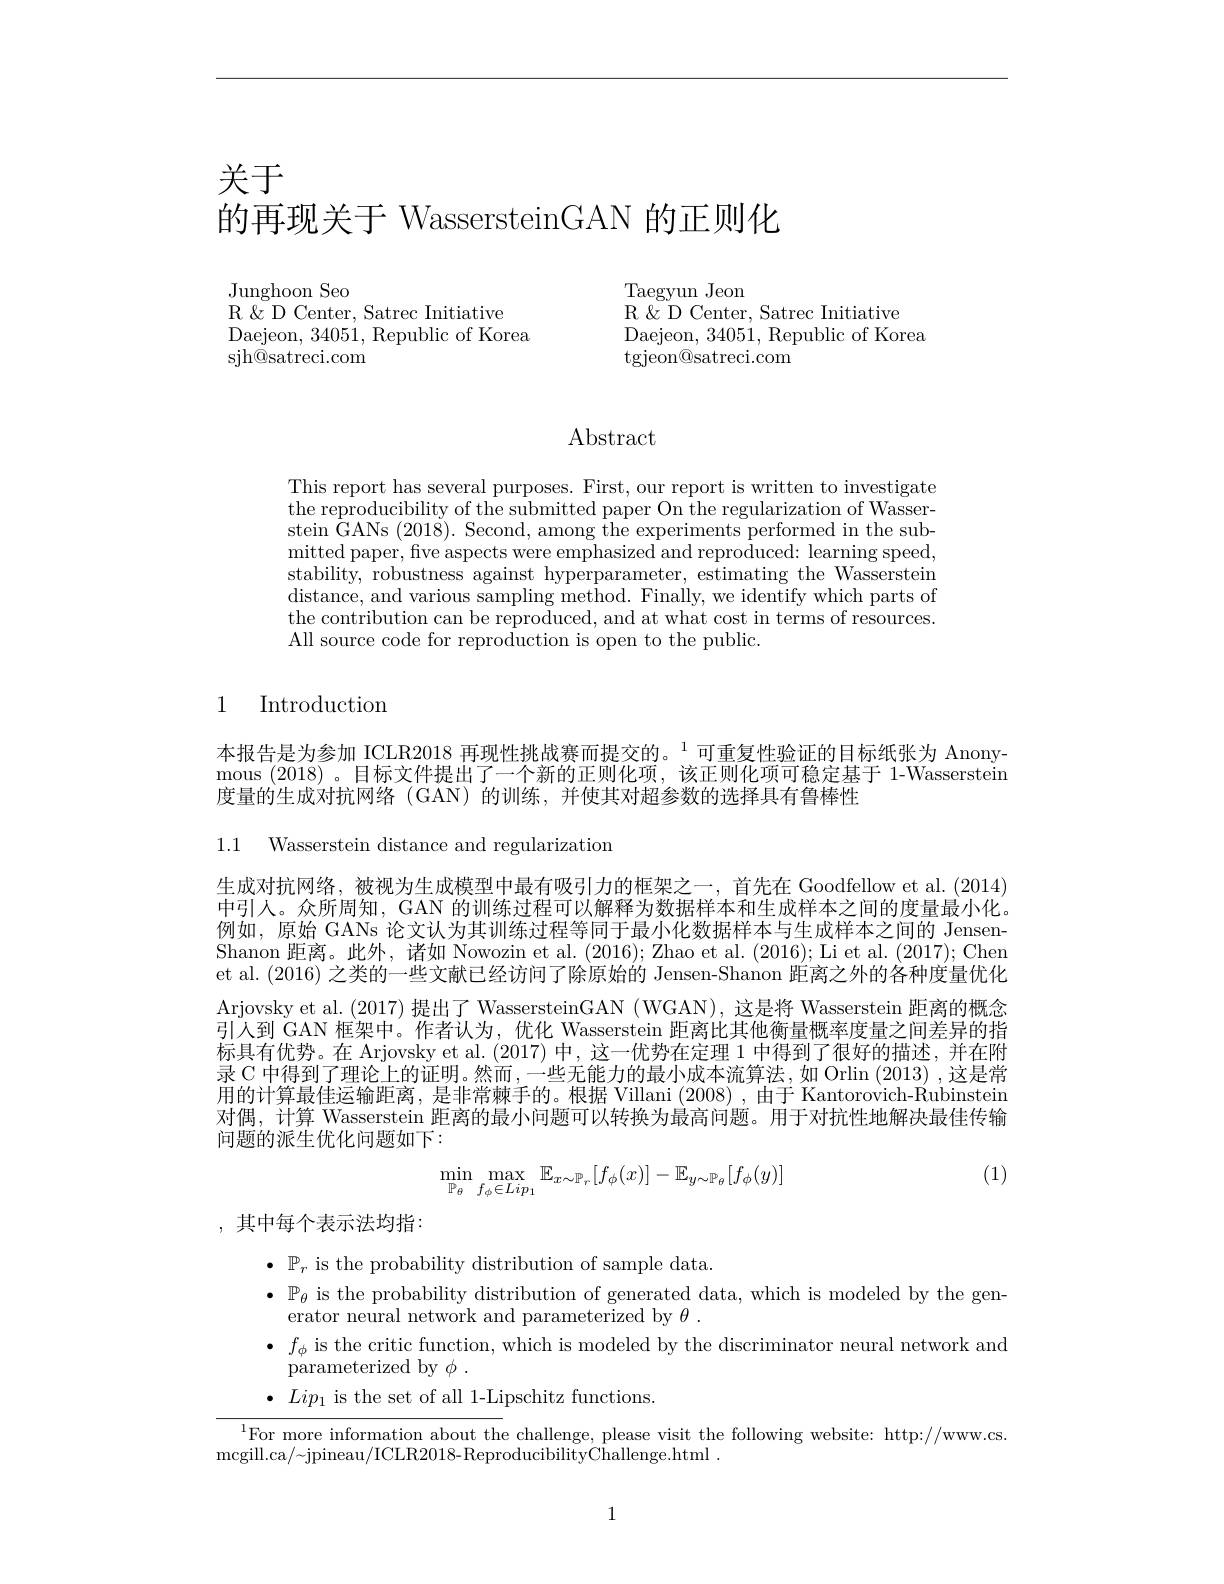
关于
的再现关于 WassersteinGAN 的正则化

Junghoon Seo
R $\&$ D Center, Satrec Initiative
Daejeon, 34051, Republic of Korea
sjh$\dot{@ }$satreci. com

Taegyun Jeon
R $\&$ D Center, Satrec Initiative
Daejeon, 34051, Republic of Korea
tgjeon@satreci.com

Abstract

This report has several purposes. First, our report is written to investigate the reproducibility of the submitted paper On the regularization of Wasser- $\operatorname{stein}$ GANs (2018). Second, among the experiments performed in the sub- $\begin{array}{c}\mathrm{mitted~paper,~five~aspects~were~emphasized~and~reproduced:~learning~speed,}\\\mathrm{mitted~paper,~five~aspects~were~emphasized~and~reproduced:~learning~speed,}\end{array}$ stability, robustness against hyperparameter, estimating the Wasserstein distance, and various sampling method. Finally, we identify which parts of the contribution can be reproduced, and at what cost in terms of resources. All source code for reproduction is open to the public.

# 1 Introduction

本报告是为参加 ICLR2018 再现性挑战赛而提交的。$^{1}$可重复性验证的目标纸张为 Anonymous (2018) 。目标文件提出了一个新的正则化项，该正则化项可稳定基于 1-Wasserstein 度量的生成对抗网络 (GAN) 的训练，并使其对超参数的选择具有鲁棒性

1.1 Wasserstein distance and regularization

生成对抗网络，被视为生成模型中最有吸引力的框架之一，首先在 Goodfellow et al. (2014) 中引人。众所周知，GAN 的训练过程可以解释为数据样本和生成样本之间的度量最小化。例如，原始 GANs 论文认为其训练过程等同于最小化数据样本与生成样本之间的 JensenShanon 距离。此外，诸如 Nowozin et al. (2016); Zhao et al. (2016); Li et al. (2017); Chen et al. (2016) 之类的一些文献已经访问了除原始的 Jensen-Shanon 距离之外的各种度量优化Arjovsky et al. (2017)提出了 WassersteinGAN (WGAN), 这是将 Wasserstein 距离的概念引人到 GAN 框架中。作者认为，优化 Wasserstein 距离比其他衡量概率度量之间差异的指标具有优势。在 Arjovsky et al. (2017) 中，这一优势在定理 1 中得到了很好的描述，并在附录 C 中得到了理论上的证明。然而，一些无能力的最小成本流算法，如 Orlin (2013) ,这是常用的计算最佳运输距离，是非常棘手的。根据 Villani (2008) ,由于 Kantorovich-Rubinstein 对偶，计算 Wasserstein 距离的最小问题可以转换为最高问题。用于对抗性地解决最佳传输问题的派生优化问题如下：

(1)
$$\min\limits_{\mathbb{P}_\theta}\max\limits_{f_\phi\in Lip_1}\mathbb{E}_{x\sim\mathbb{P}_r}[f_\phi(x)]-\mathbb{E}_{y\sim\mathbb{P}_\theta}[f_\phi(y)]$$
,其中每个表示法均指：

$\bullet$ $\mathbb{P} _r$ is the probability distribution of sample data.
$\bullet$ $\mathbb{P} _{\theta }$ is the probability distribution of generated data, which is modeled by the gen-
erator neural network and parameterized by $\theta.$
$\bullet$ $f_{\phi }$ is the critic function, which is modeled by the discriminator neural network and
parameterized by $\phi$ .
$\bullet~Lip_{1}~$is the set of all 1-Lipschitz functions.
$^{1}$For more information about the challenge, please visit the following website: http://www.cs.

mcgill. ca/  jpineau/ ICLR2018- ReproducibilityChallenge. html

1